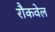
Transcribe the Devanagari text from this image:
रौकवेल